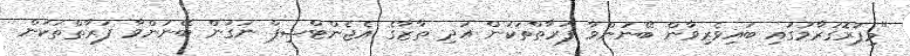
"މިޕުރޮގުރާމުގައި ބައިވެރިވާން ބޭނުންވާ ފަރާތްތަކުން އަދި ތާޒާގެ އެޖެންޓްޝިޕް ނަގަން ބޭނުންވާ ފަރާތްތަކުން